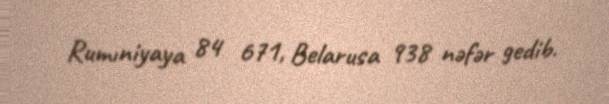
Rumıniyaya 84 671, Belarusa 938 nəfər gedib.